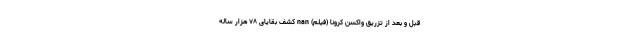
قبل و بعد از تزریق واکسن کرونا (فیلم) nan کشف بقایای ۷۸ هزار ساله